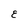
Character: E